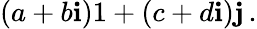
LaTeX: (a+b\mathbf{i})1+(c+d\mathbf{i})\mathbf{{j}}\, .